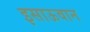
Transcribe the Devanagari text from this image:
इसाऊवान